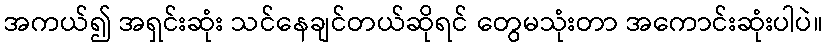
အကယ်၍ အရှင်းဆုံး သင်နေချင်တယ်ဆိုရင် တွေမသုံးတာ အကောင်းဆုံးပါပဲ။